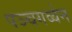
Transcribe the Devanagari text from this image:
पञ्चगव्येन